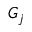
G _ { j }